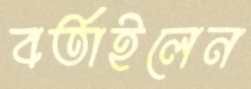
বর্তাইলেন